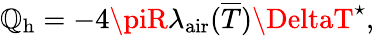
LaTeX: \mathbb{Q}_{\mathrm{{h}}}=-4\piR\lambda_{\mathrm{{air}}}({\overline{{T}}})\DeltaT^{\star},